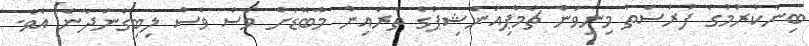
ބިނާކުރުމުގެ ފުރުސަތު މިނިވަން ޗެމްޕިއަންޝިޕުގެ ތެރެެއިން މާބޮޑަށް ވެސް ވެސް ލިބިގެންދާނެ އެވެ.